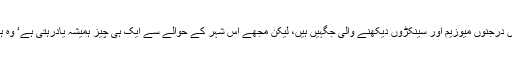
اس بڑے شہر میں درجنوں میوزیم اور سینکڑوں دیکھنے والی جگہیں ہیں، لیکن مجھے اس شہر کے حوالے سے ایک ہی چیز ہمیشہ یادرہتی ہے‘ وہ ہے ''دیوارِ برلن‘‘۔